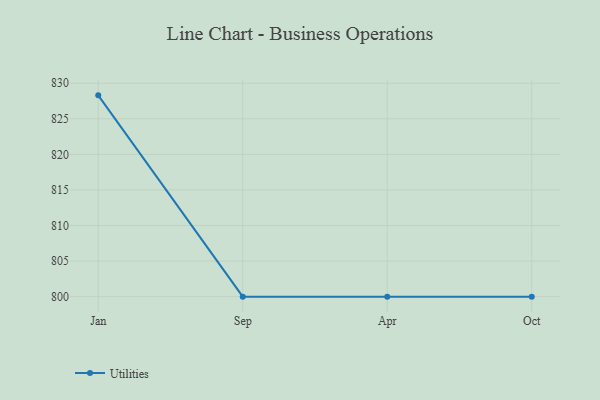
{"axis": {"x": "Month", "y": "Operating Costs (USD K)"}, "legend": ["Utilities"], "data": [{"x": "Jan", "y": 828.3, "type": "Utilities"}, {"x": "Sep", "y": 800, "type": "Utilities"}, {"x": "Apr", "y": 800, "type": "Utilities"}, {"x": "Oct", "y": 800, "type": "Utilities"}]}